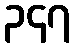
၃၄၇